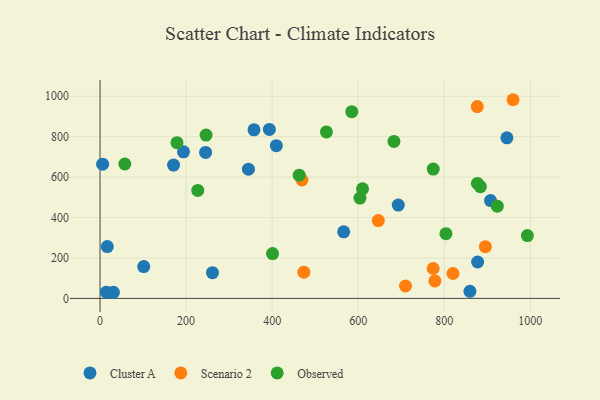
{"axis": {"x": "Distance", "y": "Sales"}, "legend": ["Cluster A", "Observed", "Scenario 2"], "data": [{"x": "859.6", "y": 35.0, "type": "Cluster A"}, {"x": "101.5", "y": 157.2, "type": "Cluster A"}, {"x": "6.0", "y": 664.1, "type": "Cluster A"}, {"x": "357.8", "y": 833.8, "type": "Cluster A"}, {"x": "31.0", "y": 30.3, "type": "Cluster A"}, {"x": "877.5", "y": 180.0, "type": "Cluster A"}, {"x": "16.8", "y": 256.6, "type": "Cluster A"}, {"x": "194.0", "y": 725.0, "type": "Cluster A"}, {"x": "693.1", "y": 461.6, "type": "Cluster A"}, {"x": "245.3", "y": 722.0, "type": "Cluster A"}, {"x": "566.2", "y": 329.4, "type": "Cluster A"}, {"x": "907.5", "y": 483.8, "type": "Cluster A"}, {"x": "170.8", "y": 659.7, "type": "Cluster A"}, {"x": "344.9", "y": 639.1, "type": "Cluster A"}, {"x": "945.5", "y": 794.3, "type": "Cluster A"}, {"x": "393.5", "y": 836.0, "type": "Cluster A"}, {"x": "14.9", "y": 30.6, "type": "Cluster A"}, {"x": "409.7", "y": 755.5, "type": "Cluster A"}, {"x": "261.3", "y": 127.5, "type": "Cluster A"}, {"x": "778.2", "y": 86.3, "type": "Scenario 2"}, {"x": "820.1", "y": 123.1, "type": "Scenario 2"}, {"x": "895.5", "y": 256.1, "type": "Scenario 2"}, {"x": "469.2", "y": 585.7, "type": "Scenario 2"}, {"x": "876.7", "y": 949.0, "type": "Scenario 2"}, {"x": "473.6", "y": 129.5, "type": "Scenario 2"}, {"x": "646.6", "y": 385.1, "type": "Scenario 2"}, {"x": "774.2", "y": 147.8, "type": "Scenario 2"}, {"x": "959.8", "y": 982.9, "type": "Scenario 2"}, {"x": "709.9", "y": 61.4, "type": "Scenario 2"}, {"x": "803.8", "y": 320.2, "type": "Observed"}, {"x": "610.0", "y": 542.0, "type": "Observed"}, {"x": "877.0", "y": 568.8, "type": "Observed"}, {"x": "923.2", "y": 456.2, "type": "Observed"}, {"x": "400.9", "y": 221.7, "type": "Observed"}, {"x": "227.1", "y": 534.2, "type": "Observed"}, {"x": "585.1", "y": 923.9, "type": "Observed"}, {"x": "526.1", "y": 823.7, "type": "Observed"}, {"x": "883.9", "y": 552.9, "type": "Observed"}, {"x": "774.3", "y": 639.6, "type": "Observed"}, {"x": "604.0", "y": 496.3, "type": "Observed"}, {"x": "246.4", "y": 808.2, "type": "Observed"}, {"x": "993.1", "y": 311.0, "type": "Observed"}, {"x": "178.8", "y": 770.6, "type": "Observed"}, {"x": "57.6", "y": 665.0, "type": "Observed"}, {"x": "683.0", "y": 776.5, "type": "Observed"}, {"x": "462.8", "y": 609.4, "type": "Observed"}]}